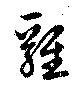
雞